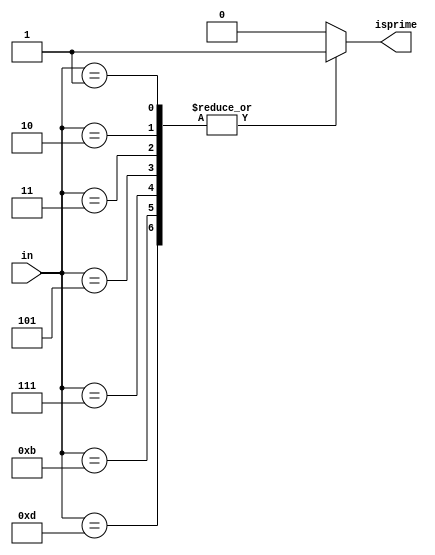
module primes_case(in, isprime);
    input [3:0] in;  // 4bit (0-15 dec) input
    output isprime; // logic 1 if in[] is prime, else 0

    reg isprime;    // Redeclare as reg for use with case statement

    always @(in) begin
        case (in)
            1,2,3,5,7,11,13: isprime = 1'b1;
            default:         isprime = 1'b0;
        endcase
    end

endmodule

module primes_casex(in, isprime);
    input [3:0] in;
    output isprime;

    reg isprime;

    always @(in) begin
        casex (in)
             4'b0xx1, 4'bx011, 4'b001x, 4'bx101: isprime = 1'b1;
             default:                        isprime = 1'b0;
        endcase
    end
endmodule